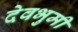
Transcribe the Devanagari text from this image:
देवभुमी